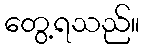
တွေ့ရသည်။